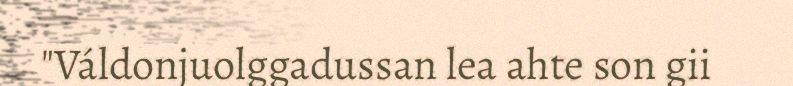
"Váldonjuolggadussan lea ahte son gii